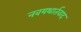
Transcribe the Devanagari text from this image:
नवयथार्तवाद